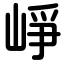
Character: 崢